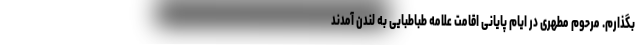
بگذارم. مرحوم مطهری در ایام پایانی اقامت علامه طباطبایی به لندن آمدند